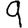
Digit: 9